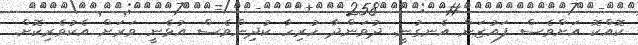
ކޮއްކޮ އަށްވެސް ފައުޒަން އެނގުނީ. ދުވަންދާ ހުރިހާ ކުދިންވެސް އުޅެނީ ވަރަށް އެކުވެރިކޮށް.